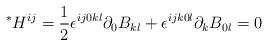
LaTeX: \begin{align*}{}^*H^{ij}=\frac{1}{2}\epsilon^{ij0kl}\partial_0B_{kl}+\epsilon^{ijk0l}\partial_k B_{0l}=0\end{align*}